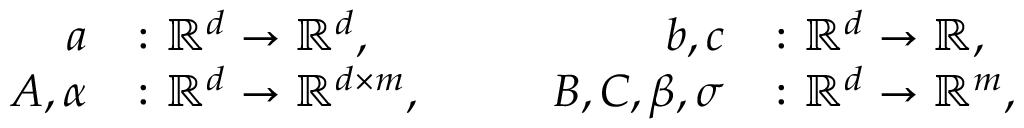
\begin{array} { r l r l r l } { a } & { \colon \mathbb { R } ^ { d } \to \mathbb { R } ^ { d } , } & & { } & { b , c } & { \colon \mathbb { R } ^ { d } \to \mathbb { R } , } \\ { A , \alpha } & { \colon \mathbb { R } ^ { d } \to \mathbb { R } ^ { d \times m } , } & & { } & { B , C , \beta , \sigma } & { \colon \mathbb { R } ^ { d } \to \mathbb { R } ^ { m } , } \end{array}